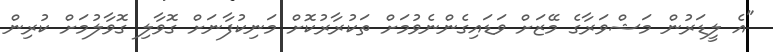
"އެ ލީޑަރުން މަޝްވަރާގެ މޭޒަށް ވަޑައިގެންނެވުމަށް ތަކުރާރުކޮށް މަނިކުފާނަށް ގޮވާލި ގޮވާލުމަށް ކުރިން